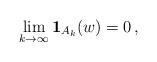
LaTeX: \begin{align*} \lim_{k\to\infty}{\bf 1}_{A_k}(w)=0\,,\end{align*}